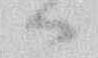
ハ